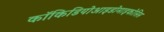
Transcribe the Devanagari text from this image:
कॉकिडियोआइडोमाइकोसिस